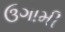
ઉગામી